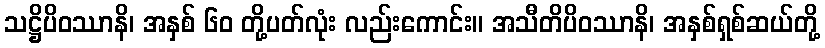
သဋ္ဌိပိဝဿာနိ၊ အနှစ် ၆၀ တို့ပတ်လုံး လည်းကောင်း။ အသီတိပိဝဿာနိ၊ အနှစ်ရှစ်ဆယ်တို့